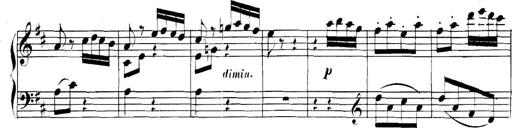
Title: Collected Piano Sonatas
Composer: Muzio Clementi